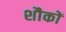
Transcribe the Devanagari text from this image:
शौकों